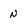
Character: N